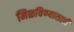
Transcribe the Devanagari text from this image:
मिळविण्‍यासाठी